Lunatic asylums Madras 1892-1911 - 1892-1911
Year: 1892
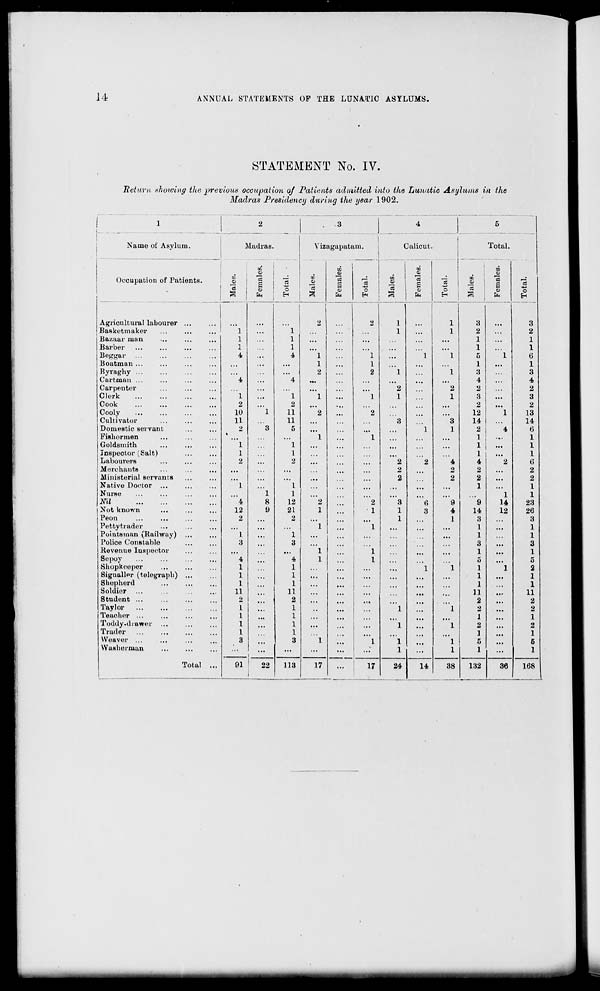
14
ANNUAL STATEMENTS OF THE LUNATIC ASYLUMS.
STATEMENT No. IV.
Ret urn s horving the previous occupation of Patients admitted into the Lunatic Asylums in the
Madras Presidency durin.g the year 1902.
1
2
•
3
4
5
Name of Asylum.
3 ladras.
Viz. igapata
to
.in.
Calicut.
1
Total.
CO
O
S
«
01
Occupation of Patients.
Agricultural labourer ...
to
,2 I
Femal
"5
"o
CO
0)
3 a>
Is ]
o !
Males.
'«
g
i !
0
—
- a 1
Femal
Total.
1
2
2
1
1
3
3
Basketmaker
i
1
1
1
2
2
Bazaar man
i
1
1
1
Barber
i
1
...
1
1
Beggar
4
4
1
1
1
1
5
1
6
Boatman ...
1
1
...
1
...
1
Byraghy
...
2
2
1
1
3
3
Carfcman ...
4
4
...
4
4
Carpenter
...
2
2
2
2
Clerk
1
...
1
1
1
1
1
3
...
3
Cook
2
2
2
...
2
Cooly
10
1
11
2
" 2
12
1
13
Cultivator
11
11
3
3
14
14
Domestic servant
2
3
5
...
...
1
1
2
4
6
Fishermen
1
1
1
1
• .•
1
Goldsmith
"l
1
...
1
...
1
Inspector(Salt)
1
1
1
1
Laboui'ers
2
2
...
2
2
"4
4
2
d
Merchants
...
2
2
2
2
Ministerial servants
2
2
2
2
Native Doctor ...
1
I
...
1
1
Nurse
1
1
...
...
1
1
mi
4
8
12
2
"2
3
(1
9
9
14
23
Not known
12
y
21
1
1
1
3
4
14
12
26
Peon
2
...
2
1
1
3
3
Petty trader
1
...
"l
1
1
Pointsman (Railway) ...
1
1
...
...
1
1
Police Constable
3
3
...
3
3
Revenue Inspector
...
1
1
...
1
1
Sepoy
4
4
1
I
5
5
Sbopkoeper
1
1
1
1
1
1
2
Signaller (telegrapb) ...
1
...
1
...
...
...
...
...
1
1
Shepherd
1
...
1
...
...
1
1
Soldier
11
11
...
11
11
Student ...
2
2
...
2
...
2
Taylor
1
1
...
1
"1
2
2
Teacher ...
1
...
1
1
...
1
Toddy.drawer
1
...
1
...
1
1
2
...
2
Trader
1
1
1
...
1
Weaver ...
3
3
1
...
1
1
...
1
5
5
Washerman
Total ...
...
i
...
...
...
..;
1
...
1
1
...
1
91
22
113
17
...
17
24
14
38
132
36
168